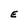
Character: E